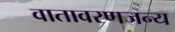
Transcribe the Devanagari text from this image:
वातावरणजन्य